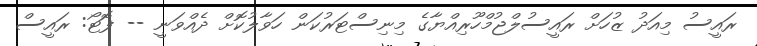
ރައީސު މިއަދު ޒުހަށް ރައީސުލްޖުމްހޫރިއްޔާގެ މިނިސްޓަރުކަން ހަވާލުކޮށް ދެއްވަނީ -- ފޮޓޯ: ރައީސް